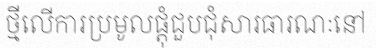
ថ្មីលើការប្រមូលផ្តុំជួបជុំសារធារណៈនៅ